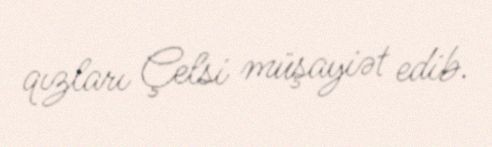
qızları Çelsi müşayiət edib.